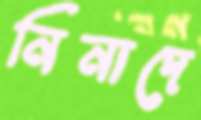
নিনাদে